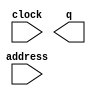
module RomInstMem_init (
	address,
	clock,
	q);

	input	[7:0]  address;
	input	  clock;
	output	[31:0]  q;
`ifndef ALTERA_RESERVED_QIS
// synopsys translate_off
`endif
	tri1	  clock;
`ifndef ALTERA_RESERVED_QIS
// synopsys translate_on
`endif

endmodule